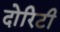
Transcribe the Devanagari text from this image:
दोरिटी